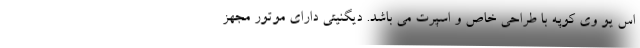
اس یو وی کوپه با طراحی خاص و اسپرت می باشد. دیگنیتی دارای موتور مجهز